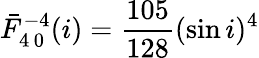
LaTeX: \bar{F}_{4\, 0}^{-4}(i)=\frac{105}{128}(\sin i)^{4}